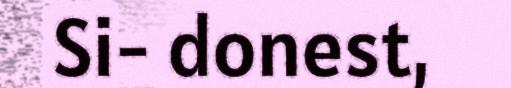
Si- donest,